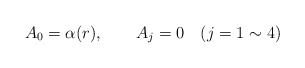
\begin{align*}A_0=\alpha(r),\qquad A_j=0 \quad (j=1\sim 4)\end{align*}